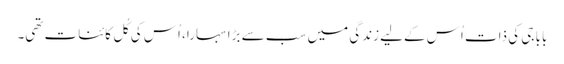
بابا جی کی ذات اُس کےلیے زندگی میں سب سے بڑا سہارا، اُس کی کُل کائنات تھی۔